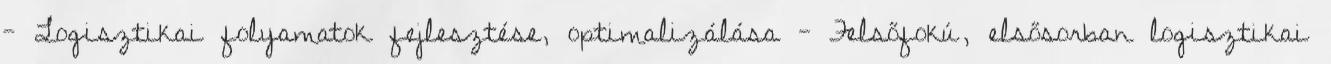
- Logisztikai folyamatok fejlesztése, optimalizálása - Felsőfokú, elsősorban logisztikai